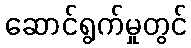
ဆောင်ရွက်မှုတွင်